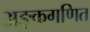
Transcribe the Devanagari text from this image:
अङ्कगणित